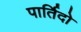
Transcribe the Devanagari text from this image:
पार्तिदो